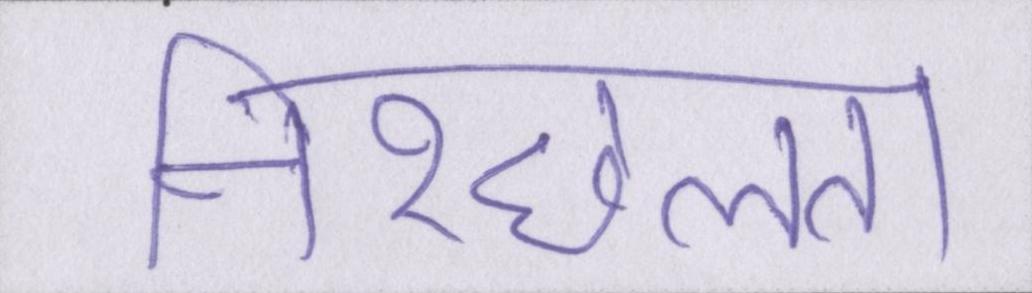
निश्छलता